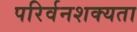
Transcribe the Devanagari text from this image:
परिर्वनशक्यता